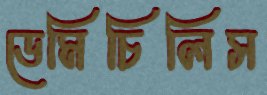
ডেমিচিলিস